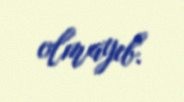
olmayıb.